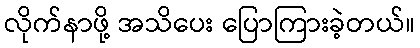
လိုက်နာဖို့ အသိပေး ပြောကြားခဲ့တယ်။